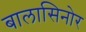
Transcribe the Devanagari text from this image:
बालासिनोर